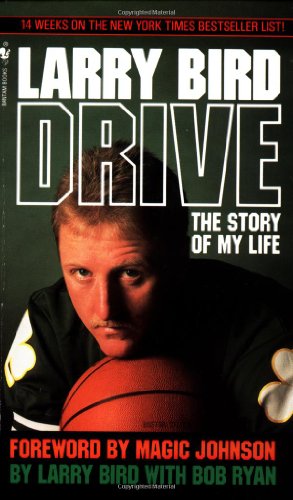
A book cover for Drive: The Story of My Life; Larry Bird; Biographies & Memoirs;